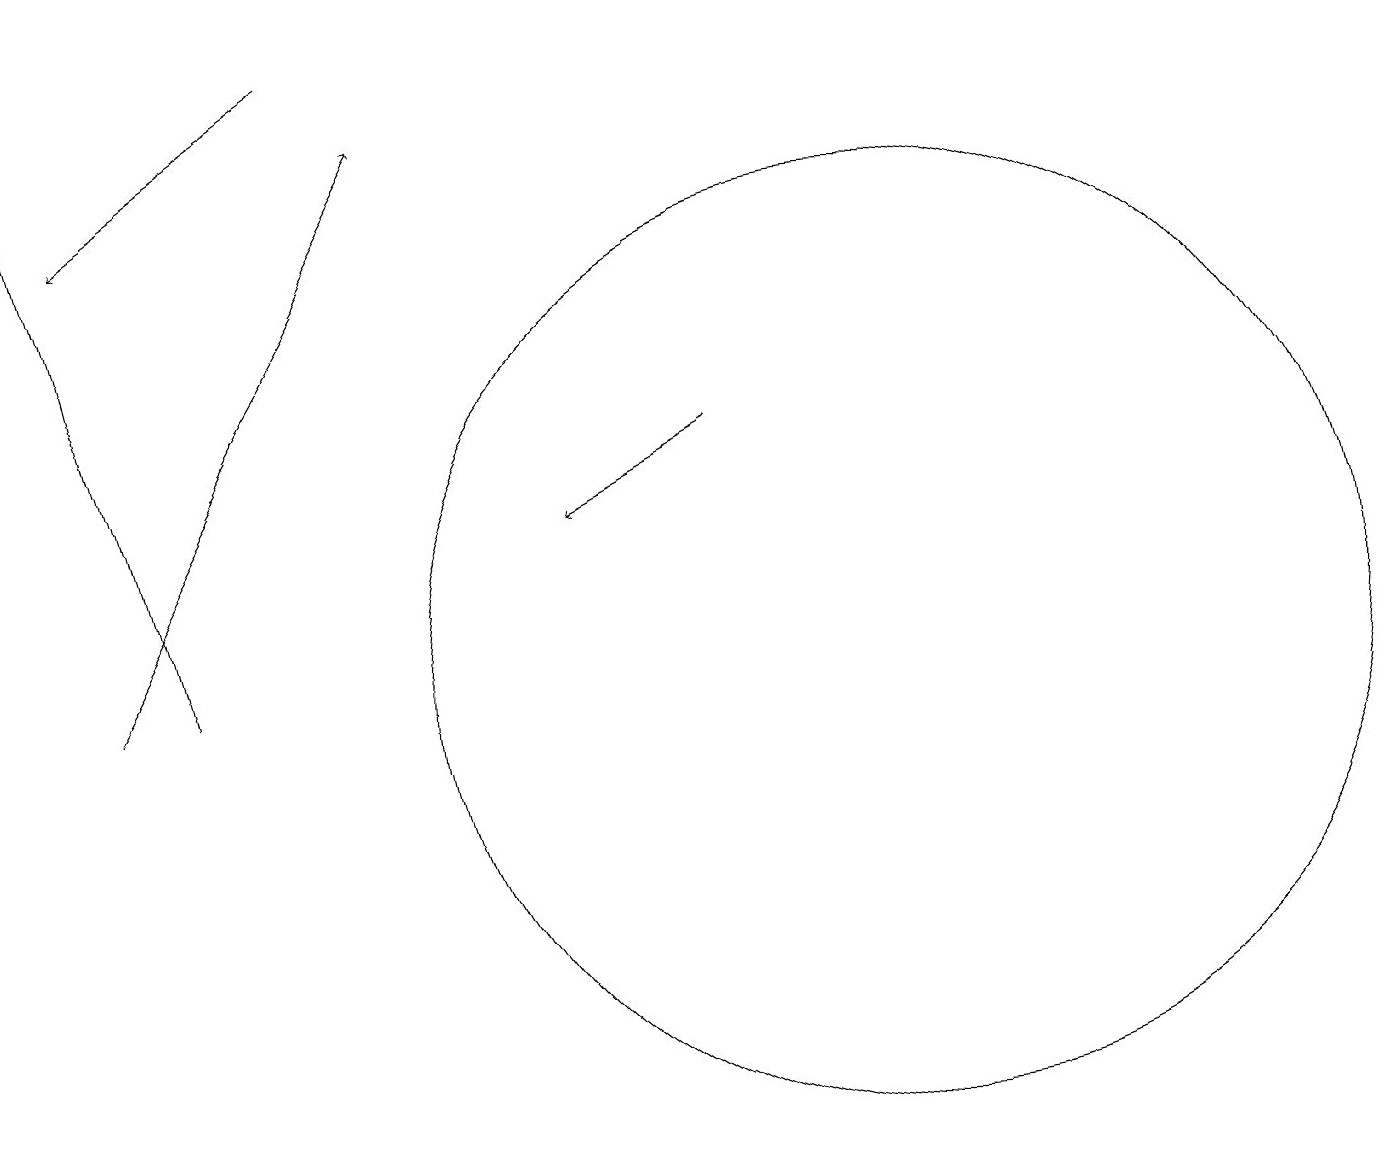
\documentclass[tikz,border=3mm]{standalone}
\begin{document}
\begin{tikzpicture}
\draw (11,11) circle (6);
\draw[->] (1,11) -- (5,18);
\draw[->] (4,19) -- (1,17);
\draw[->] (9,14) -- (7,13);
\draw[->] (2,11) -- (0,19);
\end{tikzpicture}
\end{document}